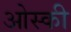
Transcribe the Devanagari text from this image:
ओस्की